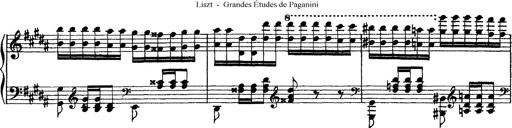
Title: Grandes Ã©tudes de Paganini
Composer: Franz Liszt